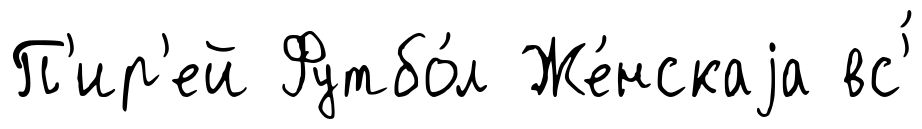
П'ир'ей Футбо́л Же́нскаjа вс'́